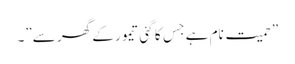
”حمیت نام ہے جِس کا گئی تیمور کے گھر سے”۔